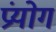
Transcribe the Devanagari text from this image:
प्रंयोग